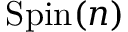
\mathrm { S p i n } ( n )